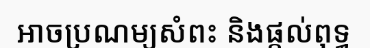
អាចប្រណម្យសំពះ និងផ្តល់ពុទ្ធ